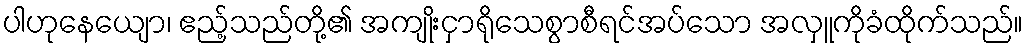
ပါဟုနေယျော၊ ဧည့်သည်တို့၏ အကျိုးငှာရိုသေစွာစီရင်အပ်သော အလှူကိုခံထိုက်သည်။